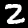
Digit: 2